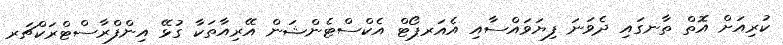
ކުރިއަށް އޮތް ތާނގައި ދެވަނަ ފިޔަވައްސާއި އެއަރޕޯޓް އެކްސްޓެންޝަން އޭރިއާތަކާ ގުޅޭ އިންފްރާސްޓްރަކްޗަރ